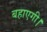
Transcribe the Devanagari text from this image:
बहाएगी।